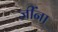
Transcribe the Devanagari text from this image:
जींना